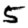
Digit: 5